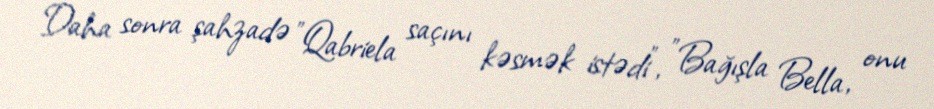
Daha sonra şahzadə "Qabriela saçını kəsmək istədi", "Bağışla Bella, onu